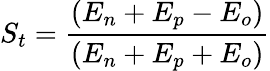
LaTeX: S_{t}=\frac{(E_{n}+E_{p}-E_{o})}{(E_{n}+E_{p}+E_{o})}